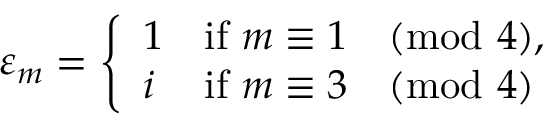
\varepsilon _ { m } = { \left\{ \begin{array} { l l } { 1 } & { { \mathrm { i f } } \ m \equiv 1 { \pmod { 4 } } , } \\ { i } & { { \mathrm { i f } } \ m \equiv 3 { \pmod { 4 } } } \end{array} \right. }